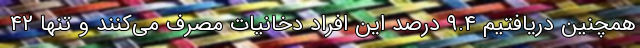
همچنین دریافتیم ۹.۴ درصد این افراد دخانیات مصرف می‌کنند و تنها ۴۲